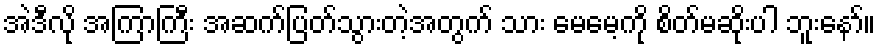
အဲဒီလို အကြာကြီး အဆက်ပြတ်သွားတဲ့အတွက် သား မေမေ့ကို စိတ်မဆိုးပါ ဘူးနော်။